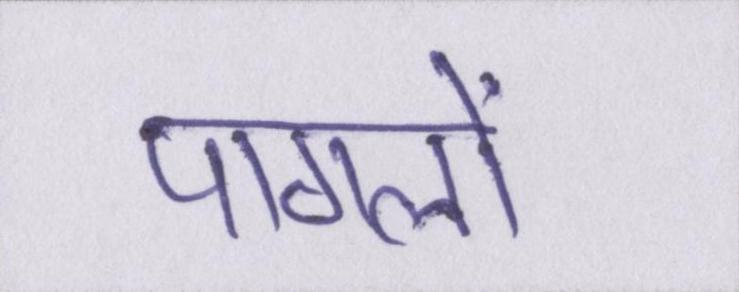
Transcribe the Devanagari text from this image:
पागलों